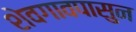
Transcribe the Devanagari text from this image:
शेवगावपासुन